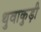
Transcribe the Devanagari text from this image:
थुवाकुड़ी